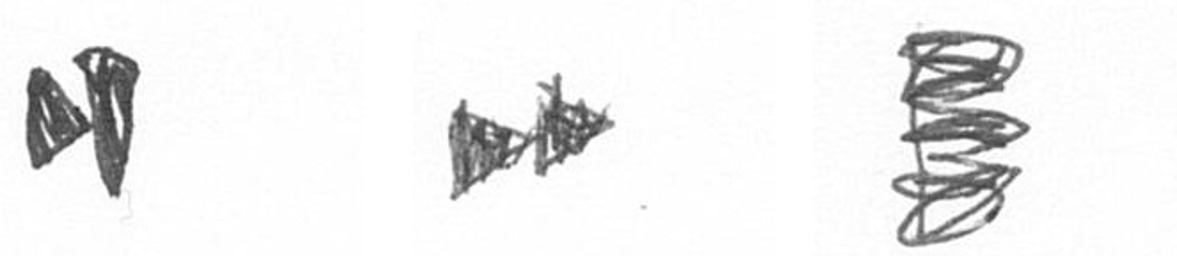
M A H